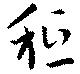
秪